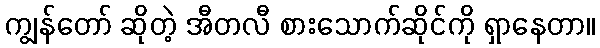
ကျွန်တော် ဆိုတဲ့ အီတလီ စားသောက်ဆိုင်ကို ရှာနေတာ။